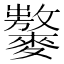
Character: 𪍾